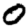
Digit: 0